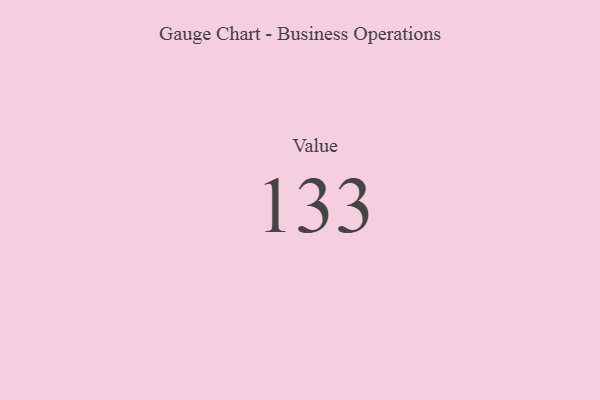
{"axis": {"x": "Metric", "y": "Value"}, "legend": [""], "data": [{"x": "Value", "y": 133, "type": ""}]}